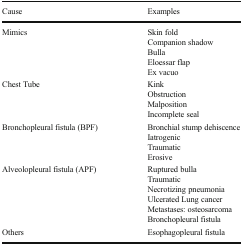
<table><thead><tr><td><b>Cause</b></td><td><b>Examples</b></td></tr></thead><tbody><tr><td>Mimics</td><td>Skin foldCompanion shadowBullaEloessar flapEx vacuo</td></tr><tr><td>Chest Tube</td><td>KinkObstructionMalpositionIncomplete seal</td></tr><tr><td>Bronchopleural fistula (BPF)</td><td>Bronchial stump dehiscenceIatrogenicTraumaticErosive</td></tr><tr><td>Alveolopleural fistula (APF)</td><td>Ruptured bullaTraumaticNecrotizing pneumoniaUlcerated Lung cancerMetastases: osteosarcomaBronchopleural fistula</td></tr><tr><td>Others</td><td>Esophagopleural fistula</td></tr></tbody></table>